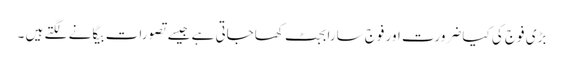
بڑی فوج کی کیا ضرورت اور فوج سارا بجٹ کھاجاتی ہے جیسے تصورات بیگانے لگتے ہیں ۔